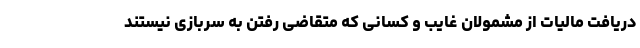
دریافت مالیات از مشمولان غایب و کسانی که متقاضی رفتن به سربازی نیستند